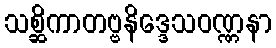
သစ္ဆိကာတဗ္ဗနိဒ္ဒေသဝဏ္ဏနာ